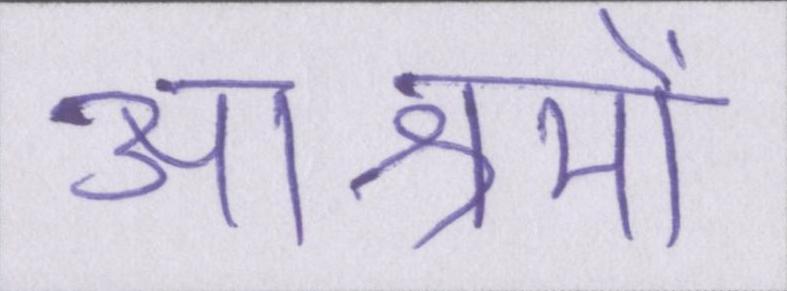
आश्रमों